Rangoon Lunatic Asylum 1893-1897 - 1893-1897
Year: 1893
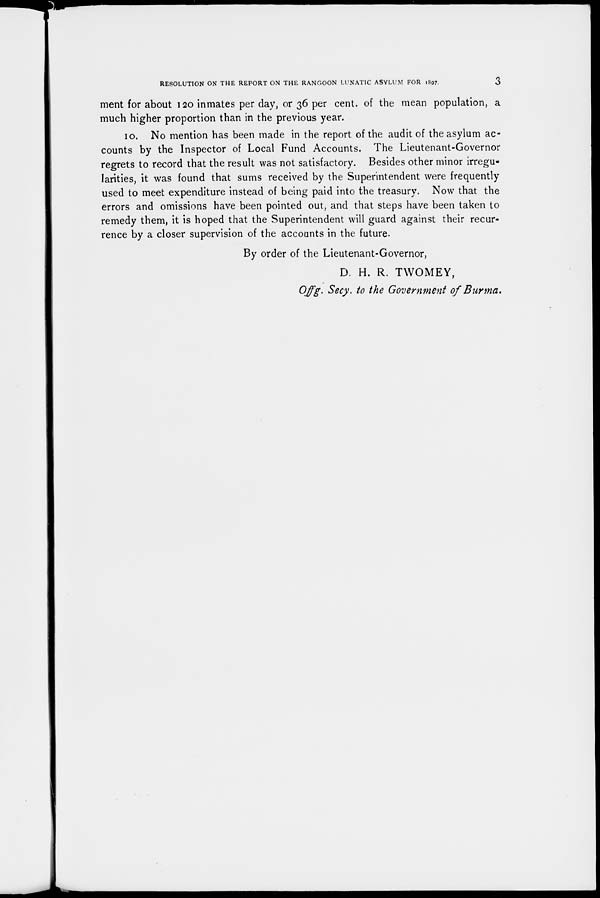
RESOLUTION ON THE REPORT ON THE RANGOON LUNATIC ASYLUM FOR 1897.
3
ment for about 120 inmates per day, or 36 per cent. of the mean population, a
much higher proportion than in the previous year.
10. No mention has been made in the report of the audit of the asylum ac-
counts by the Inspector of Local Fund Accounts. The Lieutenant-Governor
regrets to record that the result was not satisfactory. Besides other minor irregu-
larities, it was found that sums received by the Superintendent were frequently
used to meet expenditure instead of being paid into the treasury. Now that the
errors and omissions have been pointed out, and that steps have been taken to
remedy them, it is hoped that the Superintendent will guard against their recur-
rence by a closer supervision of the accounts in the future.
By order of the Lieutenant-Governor,
D. H. R. TWOMEY,
Offg. Secy., to the Government of Burma.